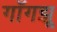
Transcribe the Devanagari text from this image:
गाँगझू